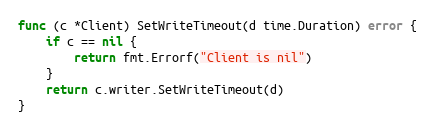
Language: Go
func (c *Client) SetWriteTimeout(d time.Duration) error {
	if c == nil {
		return fmt.Errorf("Client is nil")
	}
	return c.writer.SetWriteTimeout(d)
}